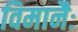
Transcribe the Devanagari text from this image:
विमानैः